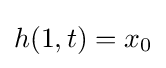
h(1,t)=x_{0}